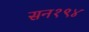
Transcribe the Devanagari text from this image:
सन१९४